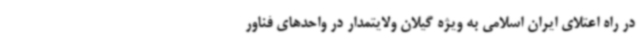
در راه اعتلای ایران اسلامی به ویژه گیلان ولایتمدار در واحدهای فناور